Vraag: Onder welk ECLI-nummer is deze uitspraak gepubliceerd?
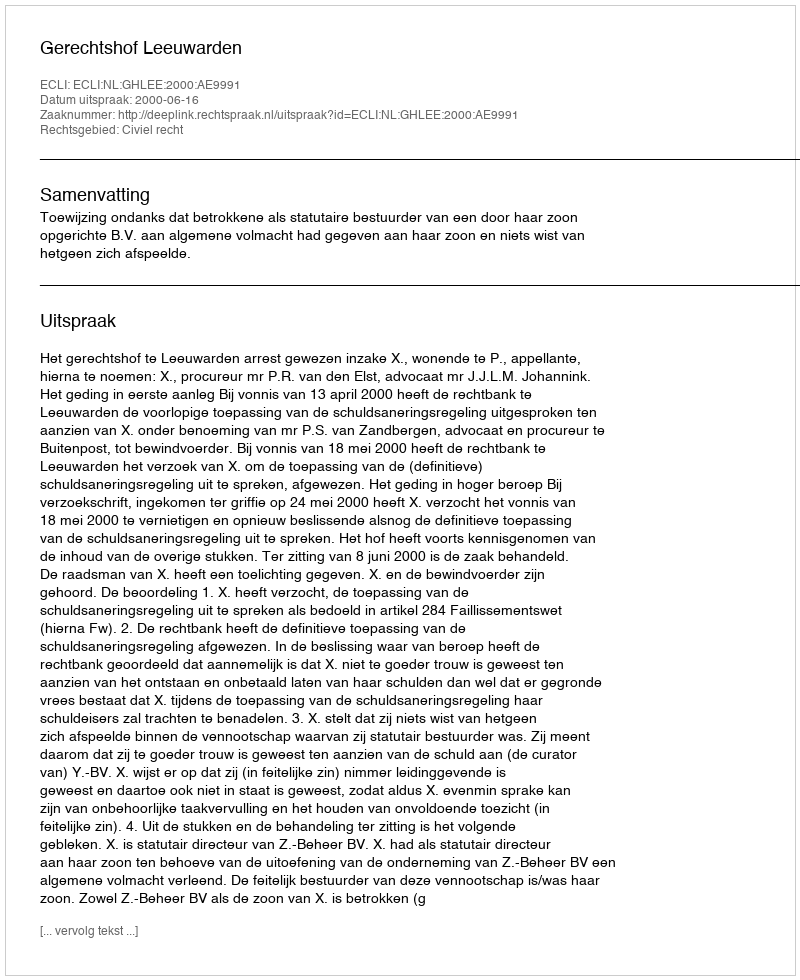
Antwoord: ECLI:NL:GHLEE:2000:AE9991